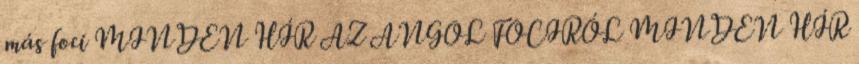
más foci MINDEN HÍR AZ ANGOL FOCIRÓL MINDEN HÍR